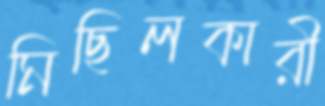
মিছিলকারী